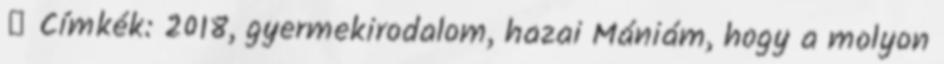
😉 Címkék: 2018, gyermekirodalom, hazai Mániám, hogy a molyon